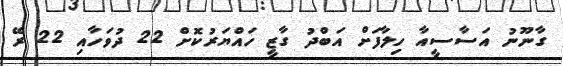
ގާނޫނު އަސާސީއާ ހިލާފަށް އަބްދު ގާޒީ ހައްޔަރުކޮށް 22 ދުވަހާއި 22 ރޭ